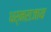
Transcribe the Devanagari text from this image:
धर्मराजाय